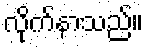
လိုက်နာသည်။